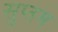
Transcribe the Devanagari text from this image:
सुप्तम